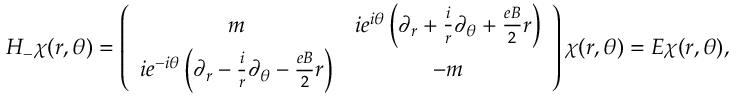
H _ { - } \chi ( r , \theta ) = \left( \begin{array} { c c } { { m } } & { { i e ^ { i \theta } \left( \partial _ { r } + \frac { i } { r } \partial _ { \theta } + \frac { e B } { 2 } r \right) } } \\ { { i e ^ { - i \theta } \left( \partial _ { r } - \frac { i } { r } \partial _ { \theta } - \frac { e B } { 2 } r \right) } } & { { - m } } \end{array} \right) \chi ( r , \theta ) = E \chi ( r , \theta ) ,